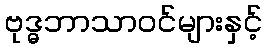
ဗုဒ္ဓဘာသာဝင်များနှင့်